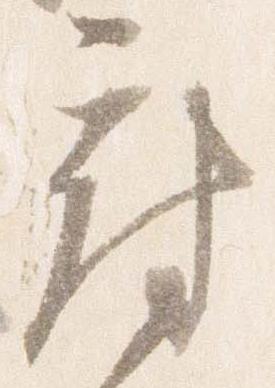
府